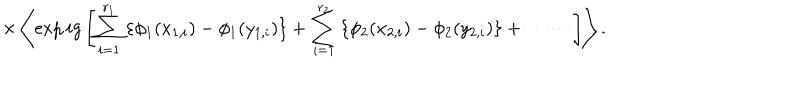
\times \left\langle \exp i g \left[ \sum _ { i = 1 } ^ { r _ { 1 } } \left\{ \phi _ { 1 } ( x _ { 1 , i } ) - \phi _ { 1 } ( y _ { 1 , i } ) \right\} + \sum _ { i = 1 } ^ { r _ { 2 } } \left\{ \phi _ { 2 } ( x _ { 2 , i } ) - \phi _ { 2 } ( y _ { 2 , i } ) \right\} + \cdots \cdots \right] \right\rangle .